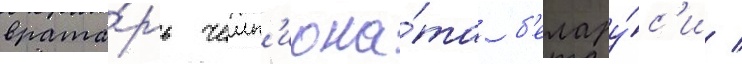
врата́рь чемп'иона́та б'елару́с'и /